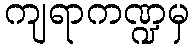
ကျရာကဏ္ဍမှ